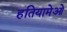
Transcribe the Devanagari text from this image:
हतियामेओ